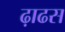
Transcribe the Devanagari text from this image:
ढ़ाढस